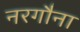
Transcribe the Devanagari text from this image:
नरगौना